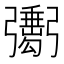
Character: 𢐺